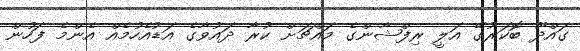
ގައްދޫ ބޮކަރުގޭ އަލީ ރިފްޝާންގެ މައްޗަށް ކުރާ ދައުވާގެ އަޑުއެހުމެއް އެންމެ ފަހުން